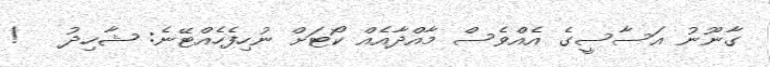
ގާނޫނު އަސާސީގެ އެއްވެސް މާއްދާއެއް ކޯޓަށް ނުހިފެހެއްޓޭނެ: ޝާހިދު   !